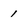
Character: 1